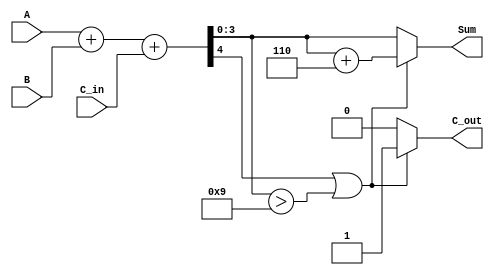
module bcd_adder (
    input wire [3:0] A,      // First BCD digit
    input wire [3:0] B,      // Second BCD digit
    input wire C_in,         // Carry input
    output reg [3:0] Sum,    // BCD Sum output
    output reg C_out         // Carry output
);

    wire [4:0] S;           // Intermediate 5-bit sum
    wire correction_needed;  // Flag for correction

    // Calculate preliminary sum
    assign S = A + B + C_in;

    // Determine if correction is needed (if S > 9)
    assign correction_needed = S[4] || (S[3:0] > 4'b1001);

    always @(*) begin
        if (correction_needed) begin
            // Correct the sum by adding 6 (0110)
            Sum = S[3:0] + 4'b0110;
            C_out = 1'b1;  // Set carry out as correction is performed
        end else begin
            Sum = S[3:0];   // Use the lower 4 bits of S
            C_out = 1'b0;   // No carry out
        end
    end

endmodule